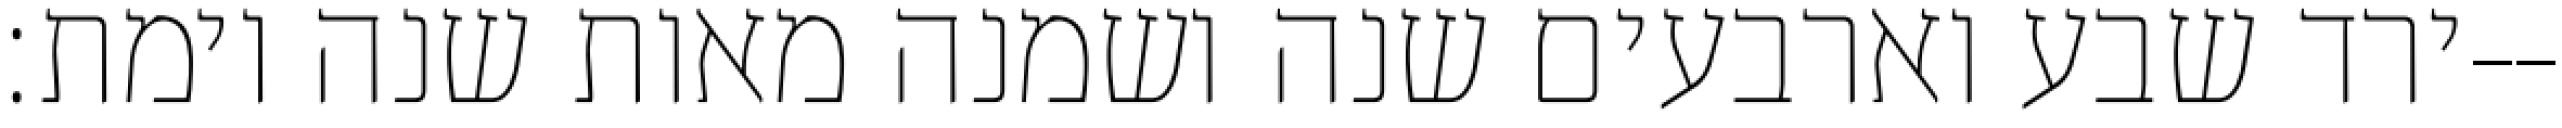
ירד שבע וארבעים שנה ושמנה מאות שנה וימת׃--